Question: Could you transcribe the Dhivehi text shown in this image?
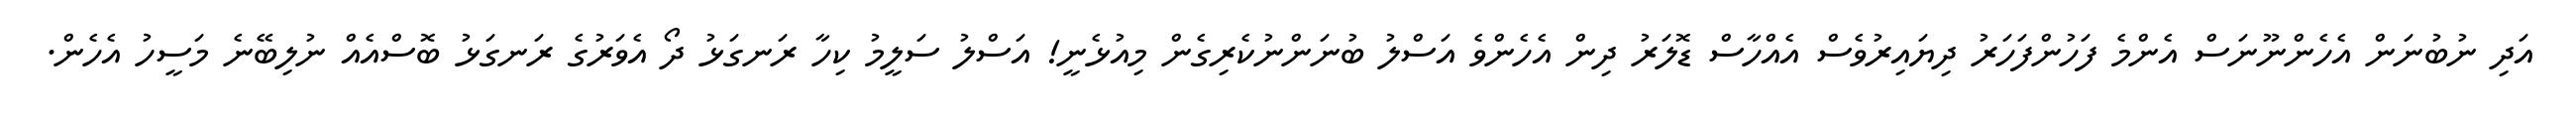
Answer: އަދި ނުބުނަން އެހެންނޫނަސް އެންމެ ފަހުންފަހަރު ދިޔައިރުވެސް އެއްހާސް ޑޮލަރު ދިން އެހެންވެ އަސްލު ބުނަންނުކެރިގެން މިއުޅެނީ! އަސްލު ސަލީމު ކިހާ ރަނގަޅު ދޯ އެވަރުގެ ރަނގަޅު ބޮސްއެއް ނުލިބޭނެ މަސީހު އެހެން.